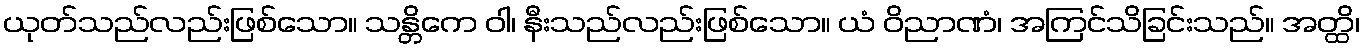
ယုတ်သည်လည်းဖြစ်သော။ သန္တိကေ ဝါ၊ နီးသည်လည်းဖြစ်သော။ ယံ ဝိညာဏံ၊ အကြင်သိခြင်းသည်။ အတ္ထိ၊